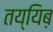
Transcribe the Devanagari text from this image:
तय्यिब़